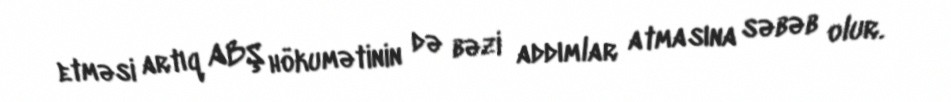
etməsi artıq ABŞ hökumətinin də bəzi addımlar atmasına səbəb olur.